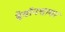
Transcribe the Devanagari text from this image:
डेवॉनशायर